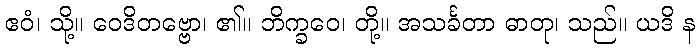
ဧဝံ၊ သို့။ ဝေဒိတဗ္ဗော၊ ၏။ ဘိက္ခဝေ၊ တို့။ အသင်္ခတာ ဓာတု၊ သည်။ ယဒိ န